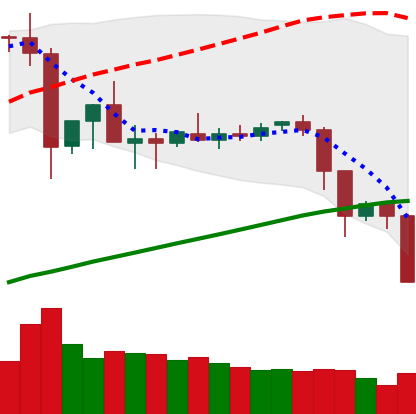
Ticker: ETC-USD
Chart end date: 2019-07-14
Forward return: 3.567%
Label: up_3_5